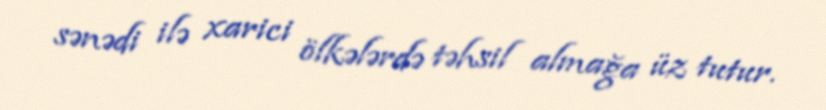
sənədi ilə xarici ölkələrdə təhsil almağa üz tutur.